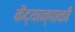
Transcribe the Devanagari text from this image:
कैद्यान्पाकी